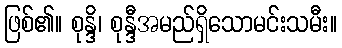
ဖြစ်၏။ စုန္ဒိ၊ စုန္ဒီအမည်ရှိသောမင်းသမီး။